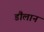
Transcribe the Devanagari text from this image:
डौलानं